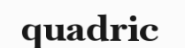
quadric